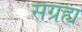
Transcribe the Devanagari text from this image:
सग्रह्य